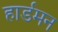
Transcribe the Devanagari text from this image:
हार्डमन